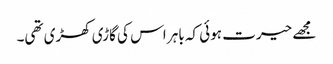
مجھے حیرت ہوئی کہ باہر اس کی گاڑی کھڑی تھی۔